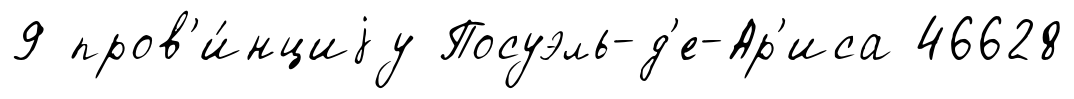
9 пров'и́нциjу Посуэль-д'е-Ар'иса 46628